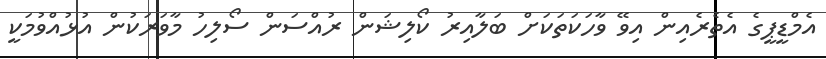
އެމްޑީޕީގެ އެތެރެއިން އިވޭ ވާހަކަތަކަށް ބަލާއިރު ކޯލިޝަން ރުއްސަން ސޯލިހު މާވަރަކުން އުޅުއްވުމަކީ